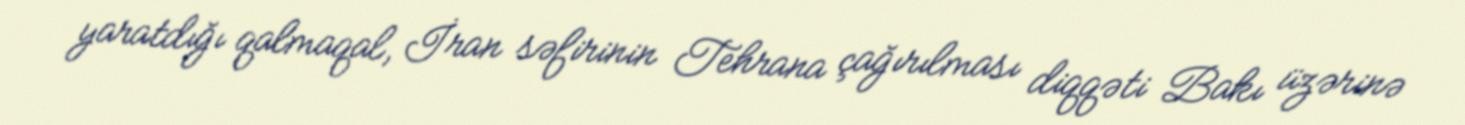
yaratdığı qalmaqal, İran səfirinin Tehrana çağırılması diqqəti Bakı üzərinə